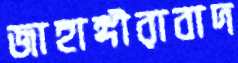
জাহাঙ্গীরাবাদ